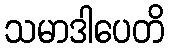
သမာဒါပေတိ